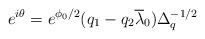
\begin{align*}e^{i\theta} = e^{\phi_0/2} (q_1 - q_2 \overline{\lambda}_0 ) \Delta_q^{-1/2}\end{align*}